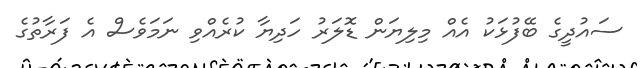
ސައުދީގެ ބޭފުޅަކު އެއް މިލިޔަން ޑޮލަރު ހަދިޔާ ކުރެއްވި ނަމަވެސް އެ ފަރާތުގެ